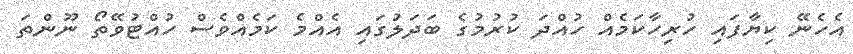
އެހެނޭ ކިޔާފައި ހުރިހާކަމެއް ހުއްދަ ކުރުމުގެ ބަދަލުގައި އެއްމެ ކަމެއްވެސް ހުއްޓުވޭތޯ ނޫންތަ